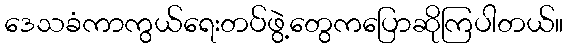
ဒေသခံကာကွယ်ရေးတပ်ဖွဲ့တွေကပြောဆိုကြပါတယ်။